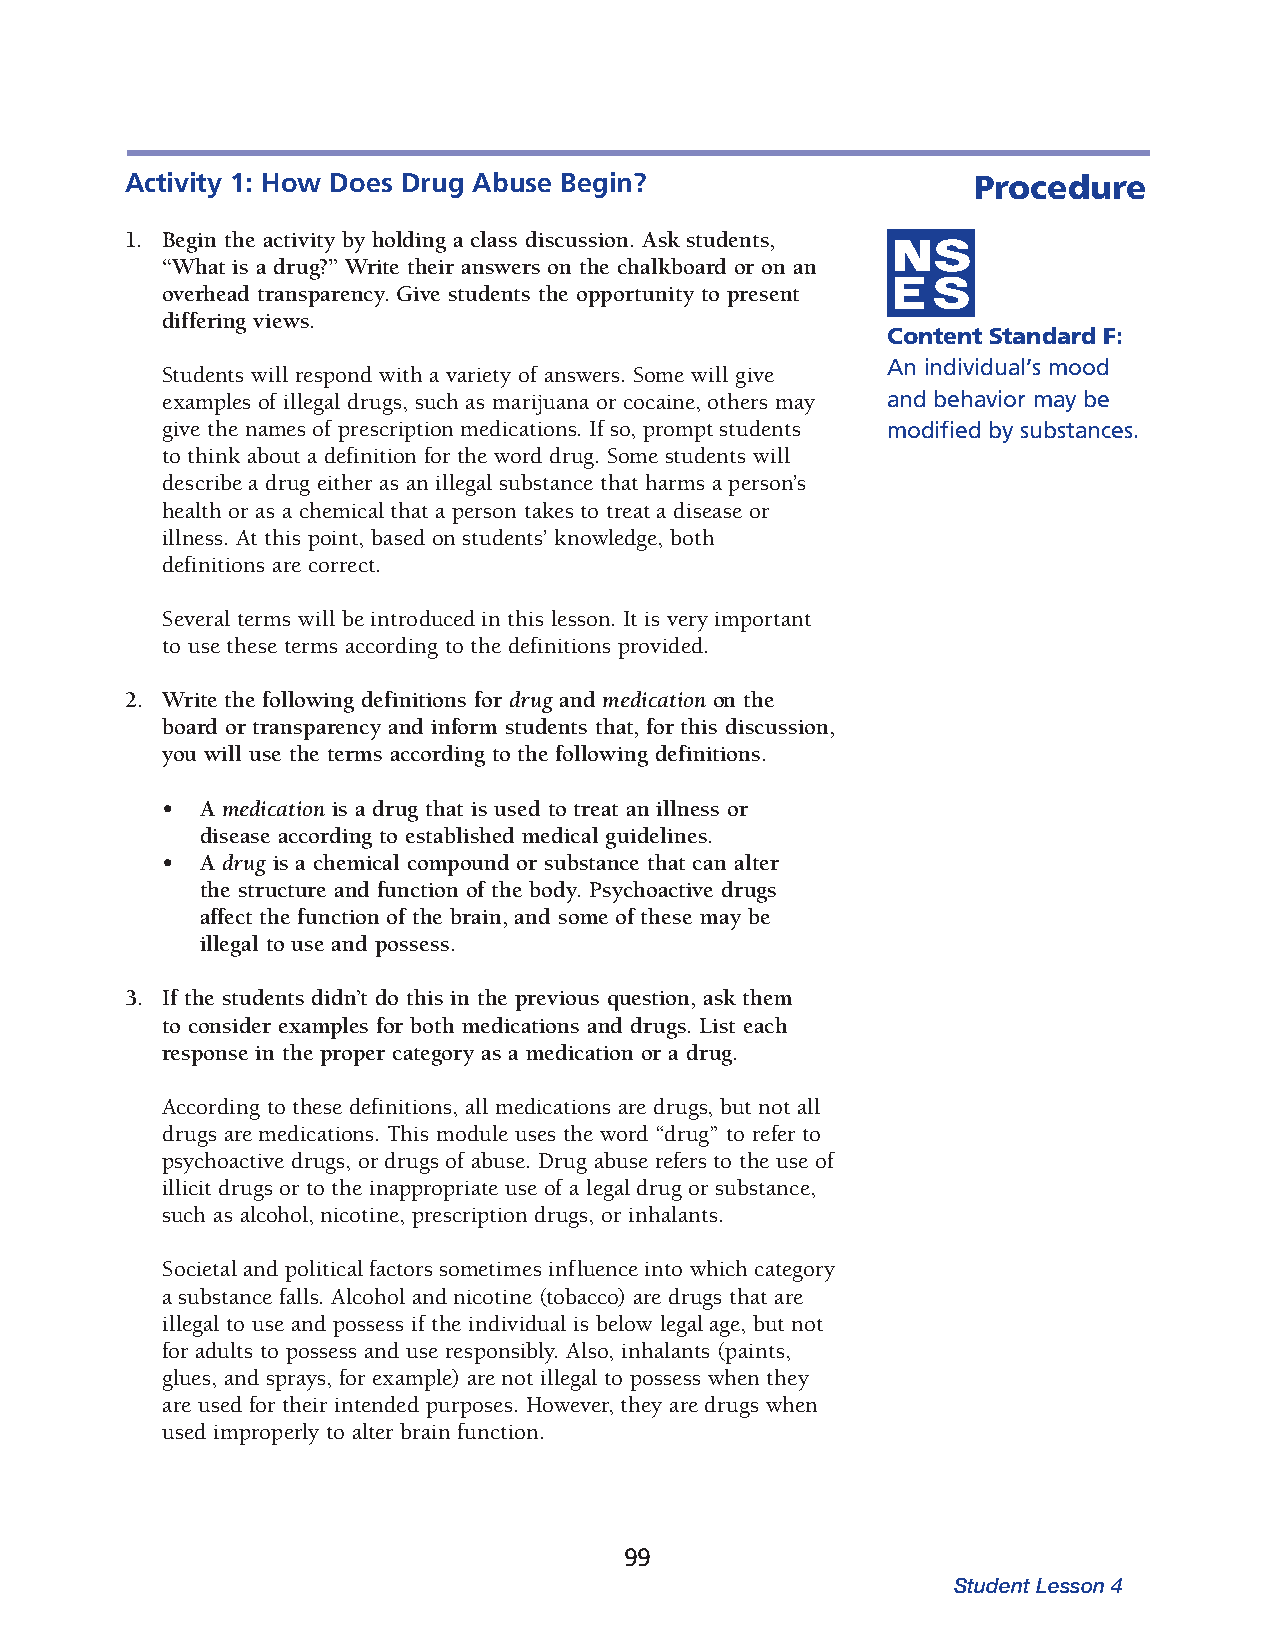
Activity 1: How Does Drug Abuse Begin?                  Procedure
 1. Begin the activity by holding a class discussion. Ask students,
 “What is a drug?” Write their answers on the chalkboard or on an
 overhead trans parency. Give students the opportunity to present
 differing views.
 Content Standard F:
 An individual’s mood
 Students will respond with a variety of answers. Some will give
 examples of illegal drugs, such as marijuana or cocaine, others may and behavior may be
 give the names of prescription medications. If so, prompt students modified by substances.
 to think about a definition for the word drug. Some students will
 describe a drug either as an illegal substance that harms a person’s
 health or as a chemical that a person takes to treat a disease or
 illness. At this point, based on students’ knowledge, both
 definitions are correct.
 Several terms will be introduced in this lesson. It is very important
 to use these terms according to the definitions provided.
 2. Write the following definitions for drug and medication on the
 board or transparency and inform students that, for this discussion,
 you will use the terms according to the following definitions.
 • A medication is a drug that is used to treat an illness or
 disease accord ing to established medical guidelines.
 • A drug is a chemical compound or substance that can alter
 the structure and function of the body. Psychoactive drugs
 affect the function of the brain, and some of these may be
 illegal to use and possess.
 3. If the students didn’t do this in the previous question, ask them
 to con sider examples for both medications and drugs. List each
 response in the proper category as a medication or a drug.
 According to these definitions, all medications are drugs, but not all
 drugs are medications. This module uses the word “drug” to refer to
 psychoactive drugs, or drugs of abuse. Drug abuse refers to the use of
 illicit drugs or to the inappropriate use of a legal drug or substance,
 such as alcohol, nicotine, prescription drugs, or inhalants.
 Societal and political factors sometimes influence into which category
 a sub stance falls. Alcohol and nicotine (tobacco) are drugs that are
 illegal to use and possess if the individual is below legal age, but not
 for adults to possess and use responsibly. Also, inhalants (paints,
 glues, and sprays, for example) are not illegal to possess when they
 are used for their intended purposes. However, they are drugs when
 used improperly to alter brain function.
 99
 Student Lesson 4